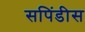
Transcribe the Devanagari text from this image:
सपिंडीस